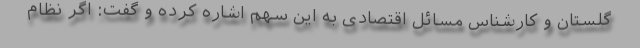
گلستان و کارشناس مسائل اقتصادی به این سهم اشاره کرده و گفت: اگر نظام